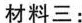
材料三：